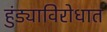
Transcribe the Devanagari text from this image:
हुंड्याविरोधात